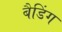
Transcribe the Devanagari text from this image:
बैडिंग